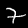
Label: 7